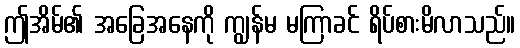
ဤအိမ်၏ အခြေအနေကို ကျွန်မ မကြာခင် ရိပ်စားမိလာသည်။